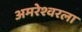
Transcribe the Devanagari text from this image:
अमरेश्वरला